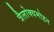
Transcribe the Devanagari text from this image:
त्रैलोक्यमोहन